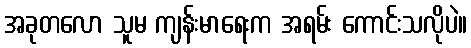
အခုတလော သူမ ကျန်းမာရေးက အရမ်း ကောင်းသလိုပဲ။